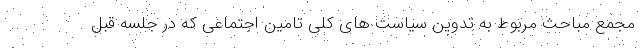
مجمع مباحث مربوط به تدوین سیاست های کلی تامین اجتماعی که در جلسه قبل